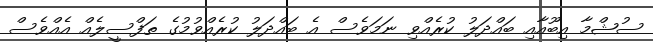
ސުޝްމާ އިބޫއާއި ބައްދަލު ކުރެއްވި ނަމަވެސް އެ ބައްދަލު ކުރެއްވުމުގެ ތަފްސީލެއް އެއްވެސް